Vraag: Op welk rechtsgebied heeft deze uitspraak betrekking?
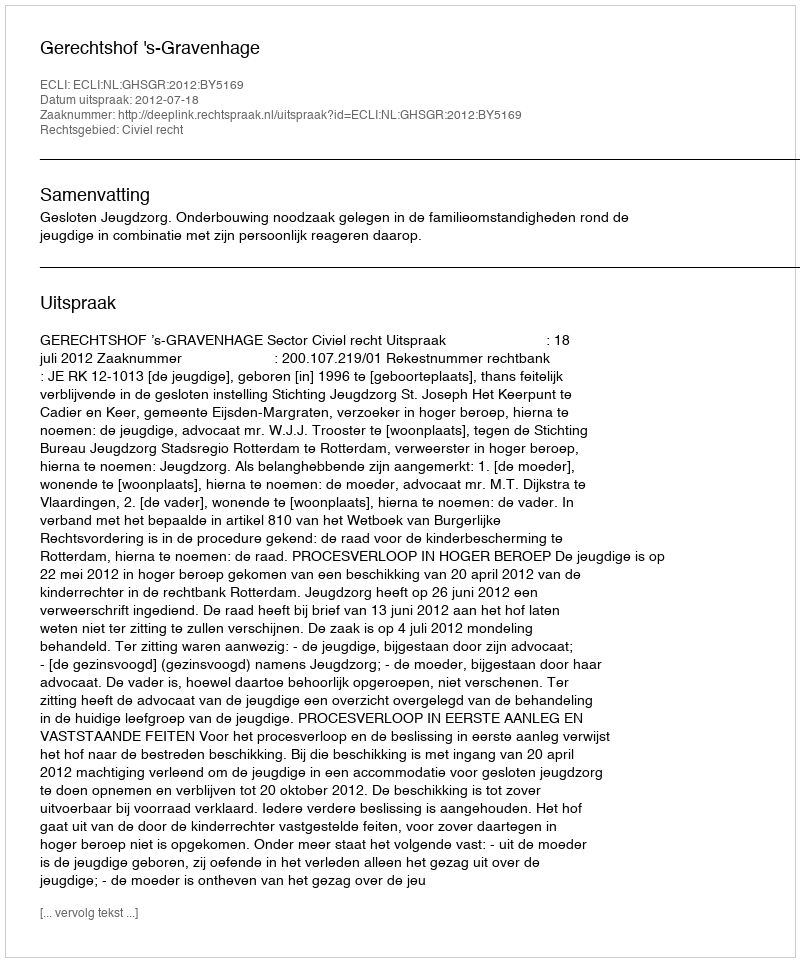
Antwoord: Civiel recht